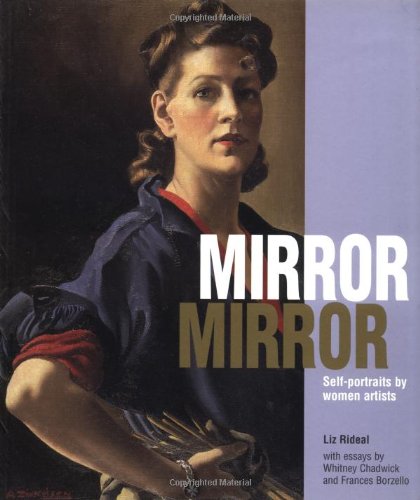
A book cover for Mirror Mirror: Self-Portraits by Women Artists; Liz Rideal; Arts & Photography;